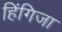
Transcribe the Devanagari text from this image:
हिंगिजा